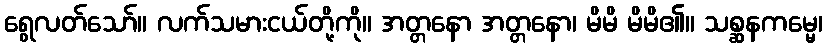
ရွေလတ်သော်။ လက်သမားငယ်တို့ကို။ အတ္တနော အတ္တနော၊ မိမိ မိမိ၏။ သစ္ဆနကမ္မေ၊